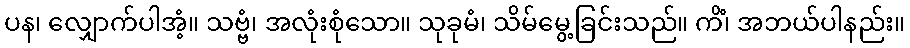
ပန၊ လျှောက်ပါအံ့။ သဗ္ဗံ၊ အလုံးစုံသော။ သုခုမံ၊ သိမ်မွေ့ခြင်းသည်။ ကိံ၊ အဘယ်ပါနည်း။